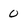
Character: 0